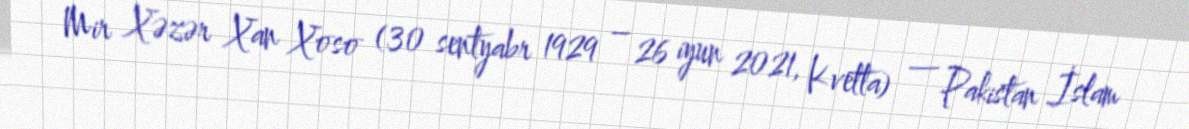
Mir Xəzər Xan Xoso (30 sentyabr 1929 – 26 iyun 2021, Kvetta) — Pakistan İslam